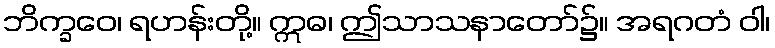
ဘိက္ခဝေ၊ ရဟန်းတို့။ ဣဓ၊ ဤသာသနာတော်၌။ အရဂတံ ဝါ၊